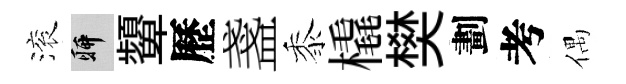
滚聊顰歷盞黍橇樊劃考偶